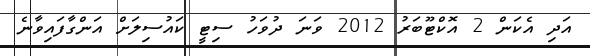
އަދި އެކަން 2 އޮކްޓޫބަރު 2012 ވަނަ ދުވަހު ސިޓީ ކައުސިލަށް އަންގާފައިވާނެ